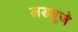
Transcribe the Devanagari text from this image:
लडबुजे